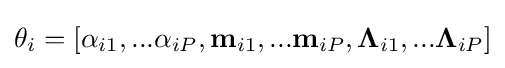
\theta _{i}=[\mathbf {\alpha } _{i1},...\mathbf {\alpha } _{iP},\mathbf {m} _{i1},...\mathbf {m} _{iP},\mathbf {\Lambda } _{i1},...\mathbf {\Lambda } _{iP}]